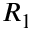
R _ { 1 }